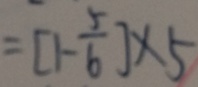
= [ 1 - \frac { 5 } { 6 } ] \times 5